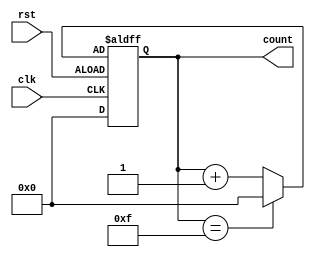
module synchronous_counter (
    input wire clk,
    input wire rst,
    output reg [3:0] count
);

reg [3:0] next_count;

always @ (posedge clk or negedge rst) begin
    if (rst) begin
        count <= 4'b0000;
    end else begin
        count <= next_count;
    end
end

always @ (*) begin
    if (count == 4'b1111) begin
        next_count = 4'b0000;
    end else begin
        next_count = count + 4'b0001; // incrementing logic
    end
end

endmodule